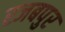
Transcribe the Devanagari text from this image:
रजबपुर